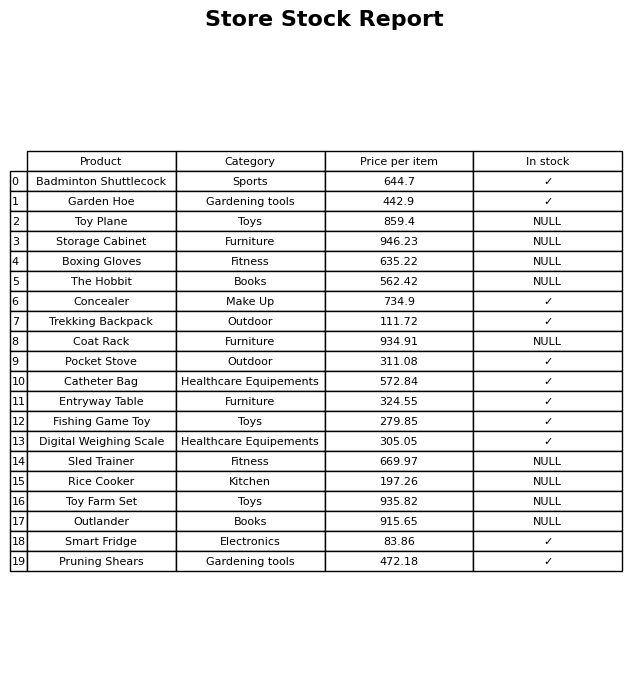
question: What is the price of the Toy Plane?
answer: The price of Toy Plane is 859.4.